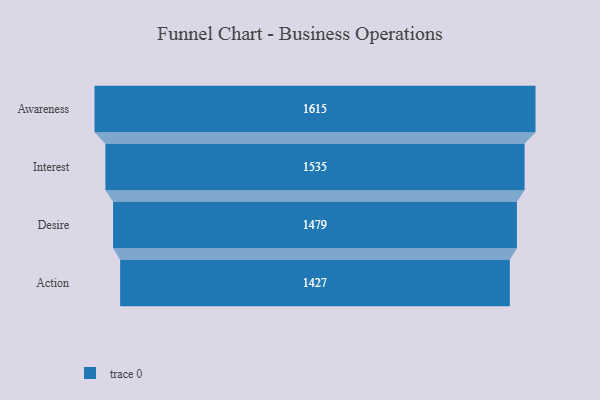
{"axis": {"x": "Stage", "y": "Value"}, "legend": [""], "data": [{"x": "Awareness", "y": 1615.0, "type": ""}, {"x": "Interest", "y": 1535.0, "type": ""}, {"x": "Desire", "y": 1479.0, "type": ""}, {"x": "Action", "y": 1427.0, "type": ""}]}